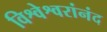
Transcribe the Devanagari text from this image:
विश्वेश्वरांनंद